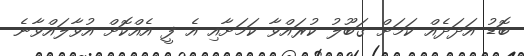
ބޮޑު އަދަދެއް ކަމަށް ގަބޫލު ކުރައްވާ ކަމަށާއި އެ ފީ އެއްކޮށް އުވާލައްވާނެ